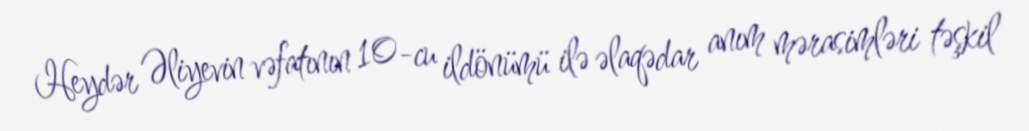
Heydər Əliyevin vəfatının 10-cu ildönümü ilə əlaqədar anım mərasimləri təşkil